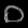
Digit: ၀